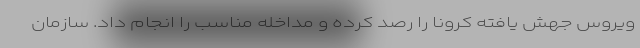
ویروس جهش یافته کرونا را رصد کرده و مداخله مناسب را انجام داد. سازمان